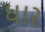
ઘાર